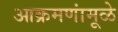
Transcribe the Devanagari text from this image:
आक्रमणांमूळे